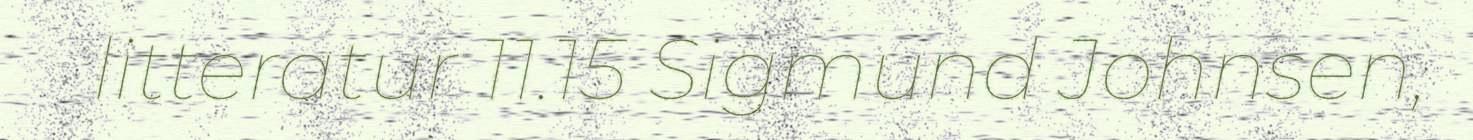
litteratur 11.15 Sigmund Johnsen,